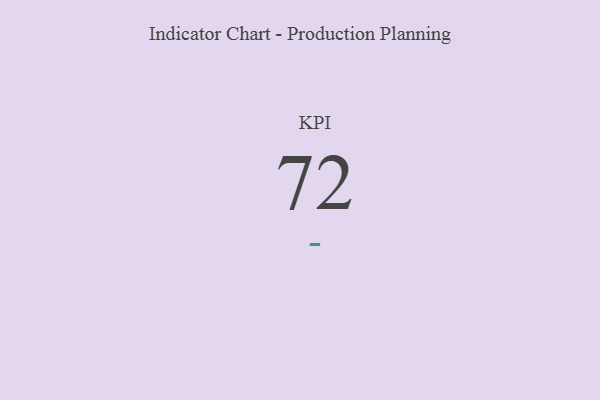
{"axis": {"x": "KPI", "y": "Value"}, "legend": [""], "data": [{"x": "KPI", "y": 72, "type": ""}]}